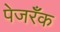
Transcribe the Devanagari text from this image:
पेजरॅँक